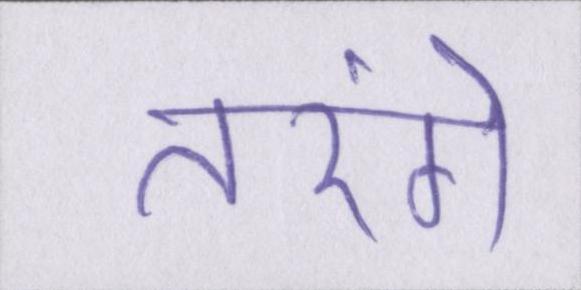
तरंगे